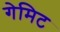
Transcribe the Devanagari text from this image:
गेमिट